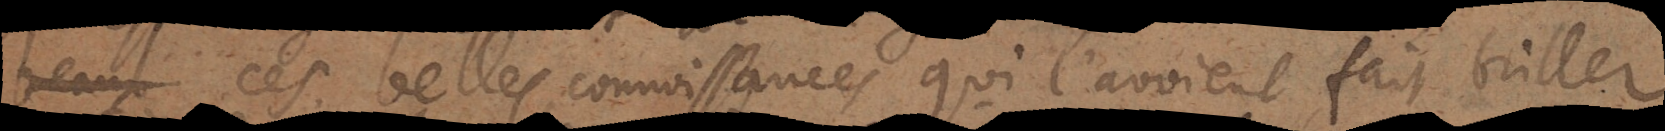
beaux ces belles connoissances qui l’avoient fait briller